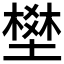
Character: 𡑀